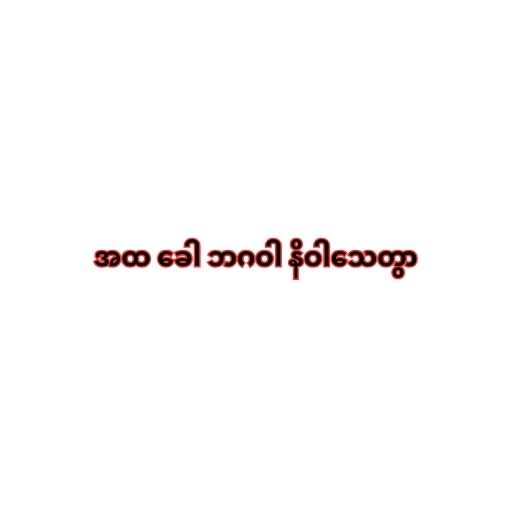
အထ ခေါ ဘဂဝါ နိဝါသေတွာ